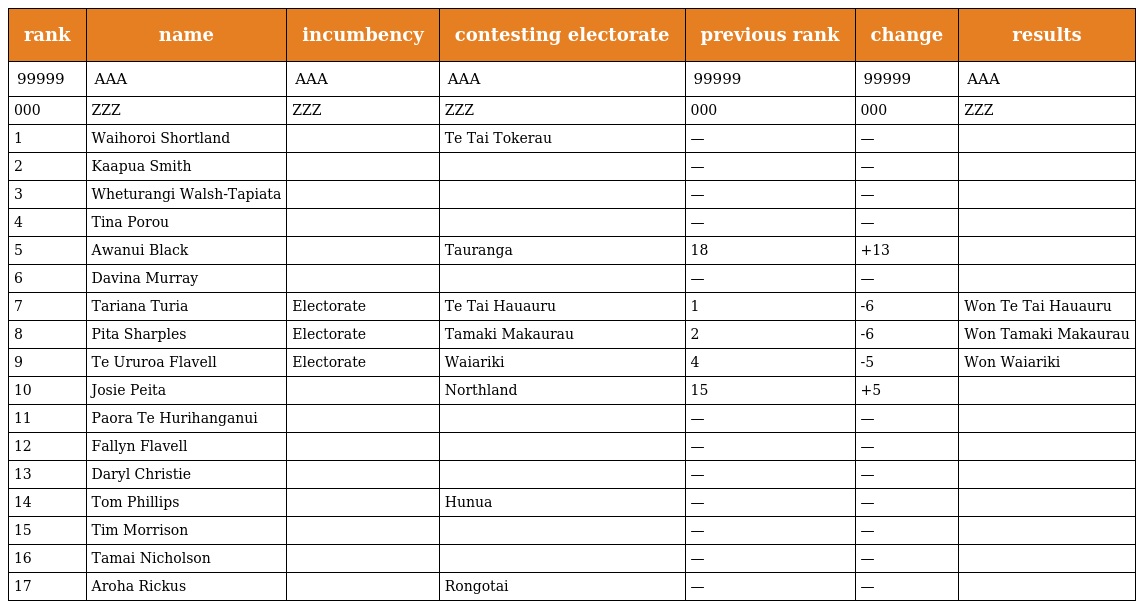
| rank | name | incumbency | contesting electorate | previous rank | change | results |
 | --- | --- | --- | --- | --- | --- | --- |
 | 99999 | AAA | AAA | AAA | 99999 | 99999 | AAA |
 | 000 | ZZZ | ZZZ | ZZZ | 000 | 000 | ZZZ |
 | 1 | Waihoroi Shortland |  | Te Tai Tokerau | — | — |  |
 | 2 | Kaapua Smith |  |  | — | — |  |
 | 3 | Wheturangi Walsh-Tapiata |  |  | — | — |  |
 | 4 | Tina Porou |  |  | — | — |  |
 | 5 | Awanui Black |  | Tauranga | 18 | +13 |  |
 | 6 | Davina Murray |  |  | — | — |  |
 | 7 | Tariana Turia | Electorate | Te Tai Hauauru | 1 | -6 | Won Te Tai Hauauru |
 | 8 | Pita Sharples | Electorate | Tamaki Makaurau | 2 | -6 | Won Tamaki Makaurau |
 | 9 | Te Ururoa Flavell | Electorate | Waiariki | 4 | -5 | Won Waiariki |
 | 10 | Josie Peita |  | Northland | 15 | +5 |  |
 | 11 | Paora Te Hurihanganui |  |  | — | — |  |
 | 12 | Fallyn Flavell |  |  | — | — |  |
 | 13 | Daryl Christie |  |  | — | — |  |
 | 14 | Tom Phillips |  | Hunua | — | — |  |
 | 15 | Tim Morrison |  |  | — | — |  |
 | 16 | Tamai Nicholson |  |  | — | — |  |
 | 17 | Aroha Rickus |  | Rongotai | — | — |  |